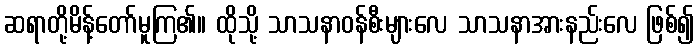
ဆရာတို့မိန့်တော်မူကြ၏။ ထိုသို့ သာသနာဝန်စီးများလေ သာသနာအားနည်းလေ ဖြစ်၍